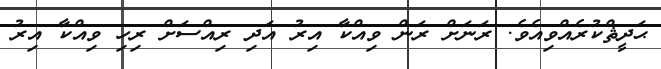
ޙަދީޘްކުރެއްވިއެވެ. ރަނަށް ރަން ވިއްކާ އިރު އަދި ރިއްސަށް ރިހި ވިއްކާ އިރު